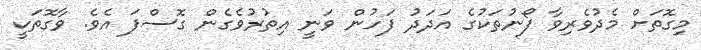
މިގޮތަށް މެދުވެރިވާ ފޯނުތަކުގެ އަދަދު ފަހުން ވަނީ އިތުރުވެގެން ގޮސްފަ އެވެ. ވާގޮތަކީ